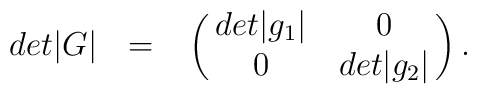
det|G| ~~=~~ \pmatrix{ det |g_1| & 0 \cr                          0 & det |g_2| \cr }.